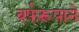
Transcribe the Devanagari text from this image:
बर्फरूपाने